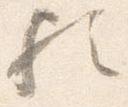
歟